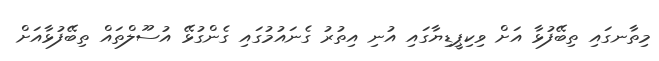
މިތާނގައި ތިބޭފުޅާ އަށް ވިކިޕީޑިޔާގައި އުނި އިތުރު ގެނައުމުގައި ގެންގުޅޭ އުސޫލްތައް ތިބޭފުޅާއަށް